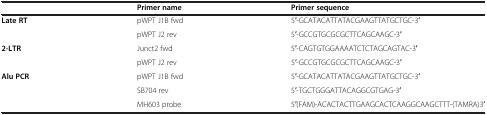
<table><thead><tr><td><b> </b></td><td><b>Primer name</b></td><td><b>Primer sequence</b></td></tr></thead><tbody><tr><td rowspan="2"><b>Late RT</b></td><td>pWPT J1B fwd</td><td>5′-GCATACATTATACGAAGTTATGCTGC-3′</td></tr><tr><td>pWPT J2 rev</td><td>5′-GCCGTGCGCGCTTCAGCAAGC-3′</td></tr><tr><td rowspan="2"><b>2-LTR</b></td><td>Junct2 fwd</td><td>5′-CAGTGTGGAAAATCTCTAGCAGTAC-3′</td></tr><tr><td>pWPT J2 rev</td><td>5′-GCCGTGCGCGCTTCAGCAAGC-3′</td></tr><tr><td rowspan="3"><b>Alu PCR</b></td><td>pWPT J1B fwd</td><td>5′-GCATACATTATACGAAGTTATGCTGC-3′</td></tr><tr><td>SB704 rev</td><td>5′-TGCTGGGATTACAGGCGTGAG-3′</td></tr><tr><td>MH603 probe</td><td>5′(FAM)-ACACTACTTGAAGCACTCAAGGCAAGCTTT-(TAMRA)3′</td></tr></tbody></table>